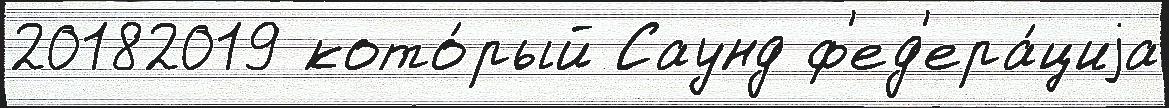
20182019 кото́рый Саунд ф'ед'ера́циjа